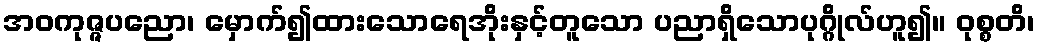
အဝကုဇ္ဇပညော၊ မှောက်၍ထားသောရေအိုးနှင့်တူသော ပညာရှိသောပုဂ္ဂိုလ်ဟူ၍။ ဝုစ္စတိ၊